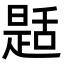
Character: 𦧪